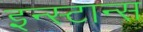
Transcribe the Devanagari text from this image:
इन्स्टान्स